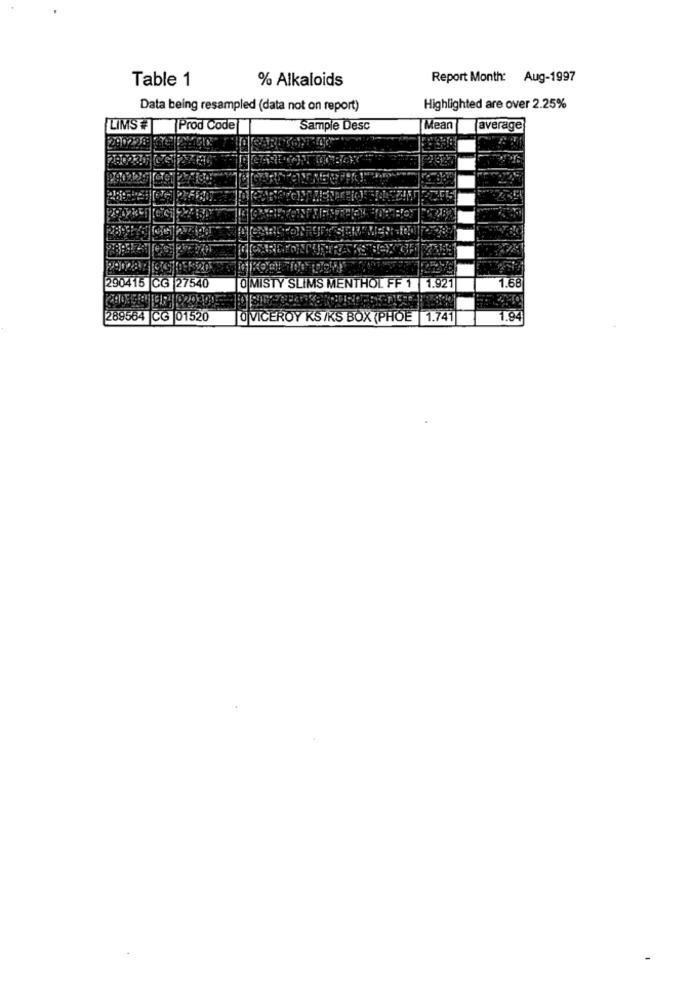
% Alkaloids
Report Month: Aug-1997
Table 1
Data being resampled (data not on report)
Highlighted are over 2.25%
LIMS # Prod Code
Sample Desc
Mean
average
1.68
290415 CG 27540
O MISTY SLIMS MENTHOL FF 1 1.921
289564 CG 01520
JO VICEROY KS/KS BOX (PHOE |1.741
1.94